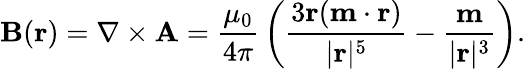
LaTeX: \mathbf{B}({\mathbf{r}})=\nabla\times{\mathbf{A}}={\frac{\mu_{0}}{4\pi}}\left({\frac{3\mathbf{r}(\mathbf{m}\cdot\mathbf{r})}{|\mathbf{r}|^{5}}}-{\frac{\mathbf{m}}{|\mathbf{r}|^{3}}}\right).